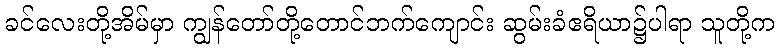
ခင်လေးတို့အိမ်မှာ ကျွန်တော်တို့တောင်ဘက်ကျောင်း ဆွမ်းခံဧရိယာ၌ပါရာ သူတို့က